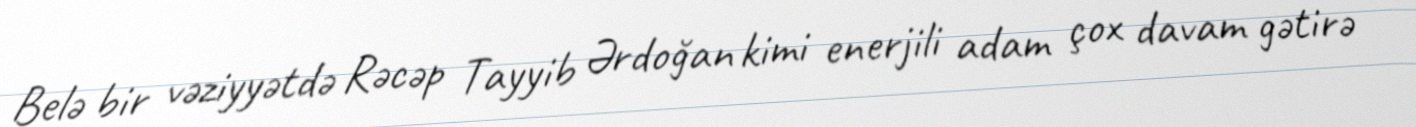
Belə bir vəziyyətdə Rəcəp Tayyib Ərdoğan kimi enerjili adam çox davam gətirə